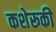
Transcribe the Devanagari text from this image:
कशेरूकी